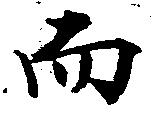
而